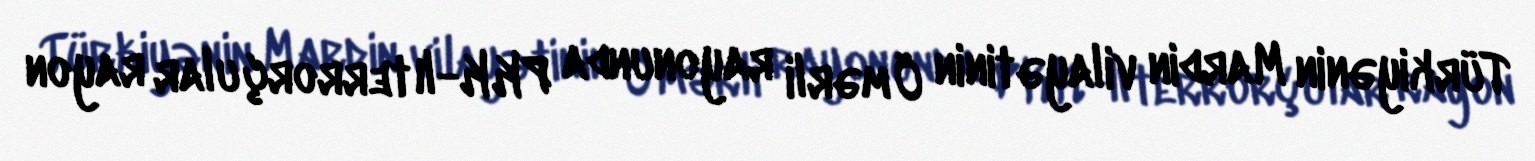
Türkiyənin Mardin vilayətinin Ömərli rayonunda PKK-lı terrorçular rayon